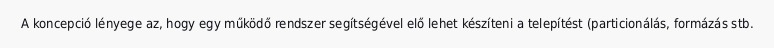
A koncepció lényege az, hogy egy működő rendszer segítségével elő lehet készíteni a telepítést (particionálás, formázás stb.